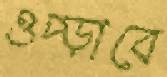
ওপ্‌ড়াবে